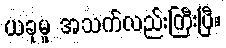
ယခုမူ အသက်လည်းကြီးပြီ။